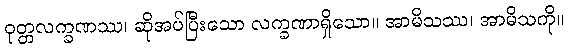
ဝုတ္တလက္ခဏဿ၊ ဆိုအပ်ပြီးသော လက္ခဏာရှိသော။ အာမိသဿ၊ အာမိသကို။